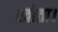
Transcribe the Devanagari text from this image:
खोता।